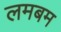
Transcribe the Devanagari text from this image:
लमबम